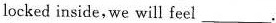
locked inside,we will feel___ .